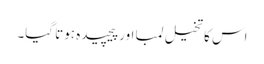
اس کا تخیل لمبا اور پیچیدہ ہوتا گیا۔